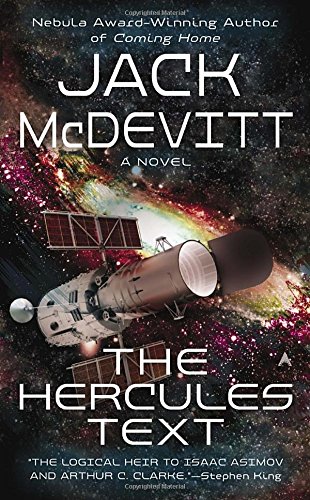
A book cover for The Hercules Text; Jack McDevitt; Science Fiction & Fantasy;